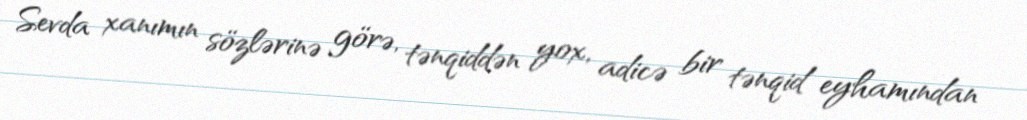
Sevda xanımın sözlərinə görə, tənqiddən yox, adicə bir tənqid eyhamından